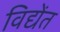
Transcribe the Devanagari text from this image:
विद्येंत